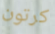
كرتون